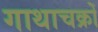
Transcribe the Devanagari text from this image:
गाथाचक्रों